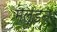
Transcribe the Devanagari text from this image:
मल्‍डन